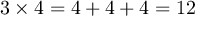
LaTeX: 3 \times 4 = 4 + 4 + 4 = 1 2